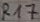
Text: R17